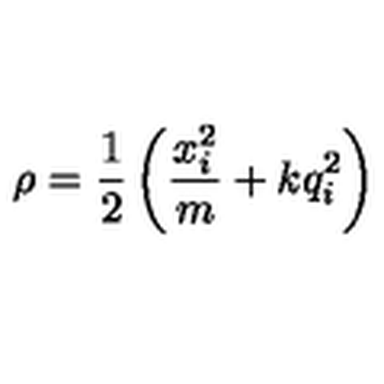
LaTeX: \rho = \frac { 1 } { 2 } \left( \frac { x _ { i } ^ { 2 } } { m } + k q _ { i } ^ { 2 } \right)